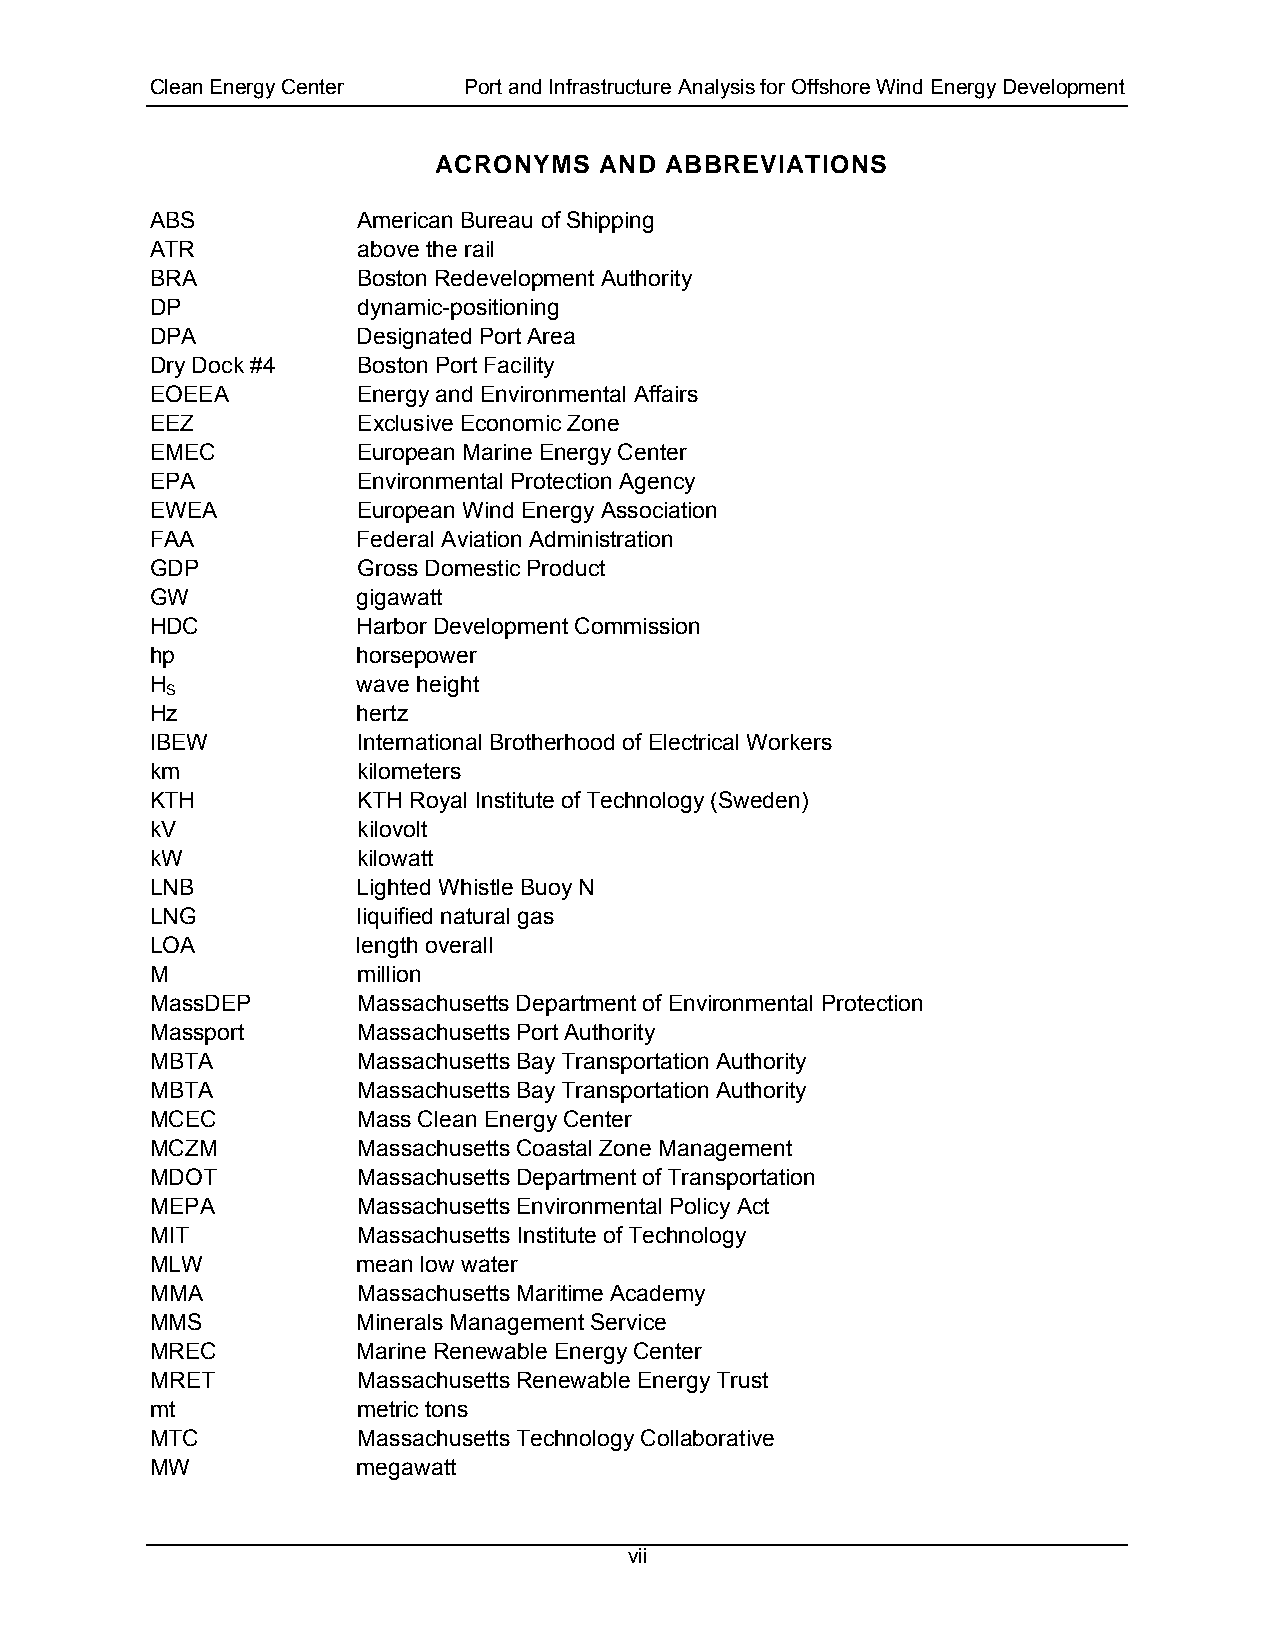
Clean Energy Center  Port and Infrastructure Analysis for Offshore Wind Energy Development
 ACRONYMS   AND ABBREVIATIONS
 ABS           American Bureau of Shipping
 ATR           above the rail
 BRA           Boston Redevelopment Authority
 DP            dynamic-positioning
 DPA           Designated Port Area
 Dry Dock #4   Boston Port Facility
 EOEEA         Energy and Environmental Affairs
 EEZ           Exclusive Economic Zone
 EMEC          European Marine Energy Center
 EPA           Environmental Protection Agency
 EWEA          European Wind Energy Association
 FAA           Federal Aviation Administration
 GDP           Gross Domestic Product
 GW            gigawatt
 HDC           Harbor Development Commission
 hp            horsepower
 H             wave height
 S
 Hz            hertz
 IBEW          International Brotherhood of Electrical Workers
 km            kilometers
 KTH           KTH Royal Institute of Technology (Sweden)
 kV            kilovolt
 kW            kilowatt
 LNB           Lighted Whistle Buoy N
 LNG           liquified natural gas
 LOA           length overall
 M             million
 MassDEP       Massachusetts Department of Environmental Protection
 Massport      Massachusetts Port Authority
 MBTA          Massachusetts Bay Transportation Authority
 MBTA          Massachusetts Bay Transportation Authority
 MCEC          Mass Clean Energy Center
 MCZM          Massachusetts Coastal Zone Management
 MDOT          Massachusetts Department of Transportation
 MEPA          Massachusetts Environmental Policy Act
 MIT           Massachusetts Institute of Technology
 MLW           mean low water
 MMA           Massachusetts Maritime Academy
 MMS           Minerals Management Service
 MREC          Marine Renewable Energy Center
 MRET          Massachusetts Renewable Energy Trust
 mt            metric tons
 MTC           Massachusetts Technology Collaborative
 MW            megawatt
 vii